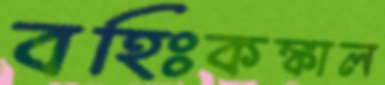
বহিঃকঙ্কাল